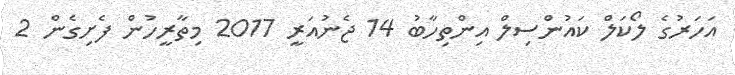
އަހަރުގެ ލޯކަލް ކައުންސިލް އިންތިހާބު 14 ޖެނުއަރީ 2017 މިތާރީހުން ފެށިގެން 2